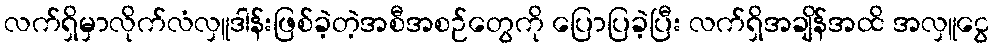
လက်ရှိမှာလိုက်လံလှူဒါန်းဖြစ်ခဲ့တဲ့အစီအစဉ်တွေကို ပြောပြခဲ့ပြီး လက်ရှိအချိန်အထိ အလှူငွေ